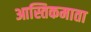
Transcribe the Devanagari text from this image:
आस्तिकमाता